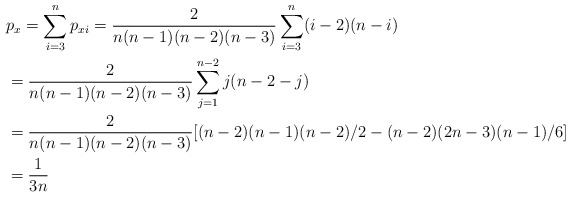
\begin{align*}&p_x=\sum_{i=3}^np_{xi}=\frac{2}{n(n-1)(n-2)(n-3)}\sum_{i=3}^n(i-2)(n-i)\\&=\frac{2}{n(n-1)(n-2)(n-3)}\sum_{j=1}^{n-2}j(n-2-j)\\&=\frac{2}{n(n-1)(n-2)(n-3)}[(n-2)(n-1)(n-2)/2-(n-2)(2n-3)(n-1)/6]\\&=\frac{1}{3n}\end{align*}